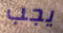
يجب